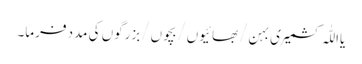
یااللّٰہ کشمیری بہن/بھائیوں/بچوں/بزرگوں کی مدد فرما۔